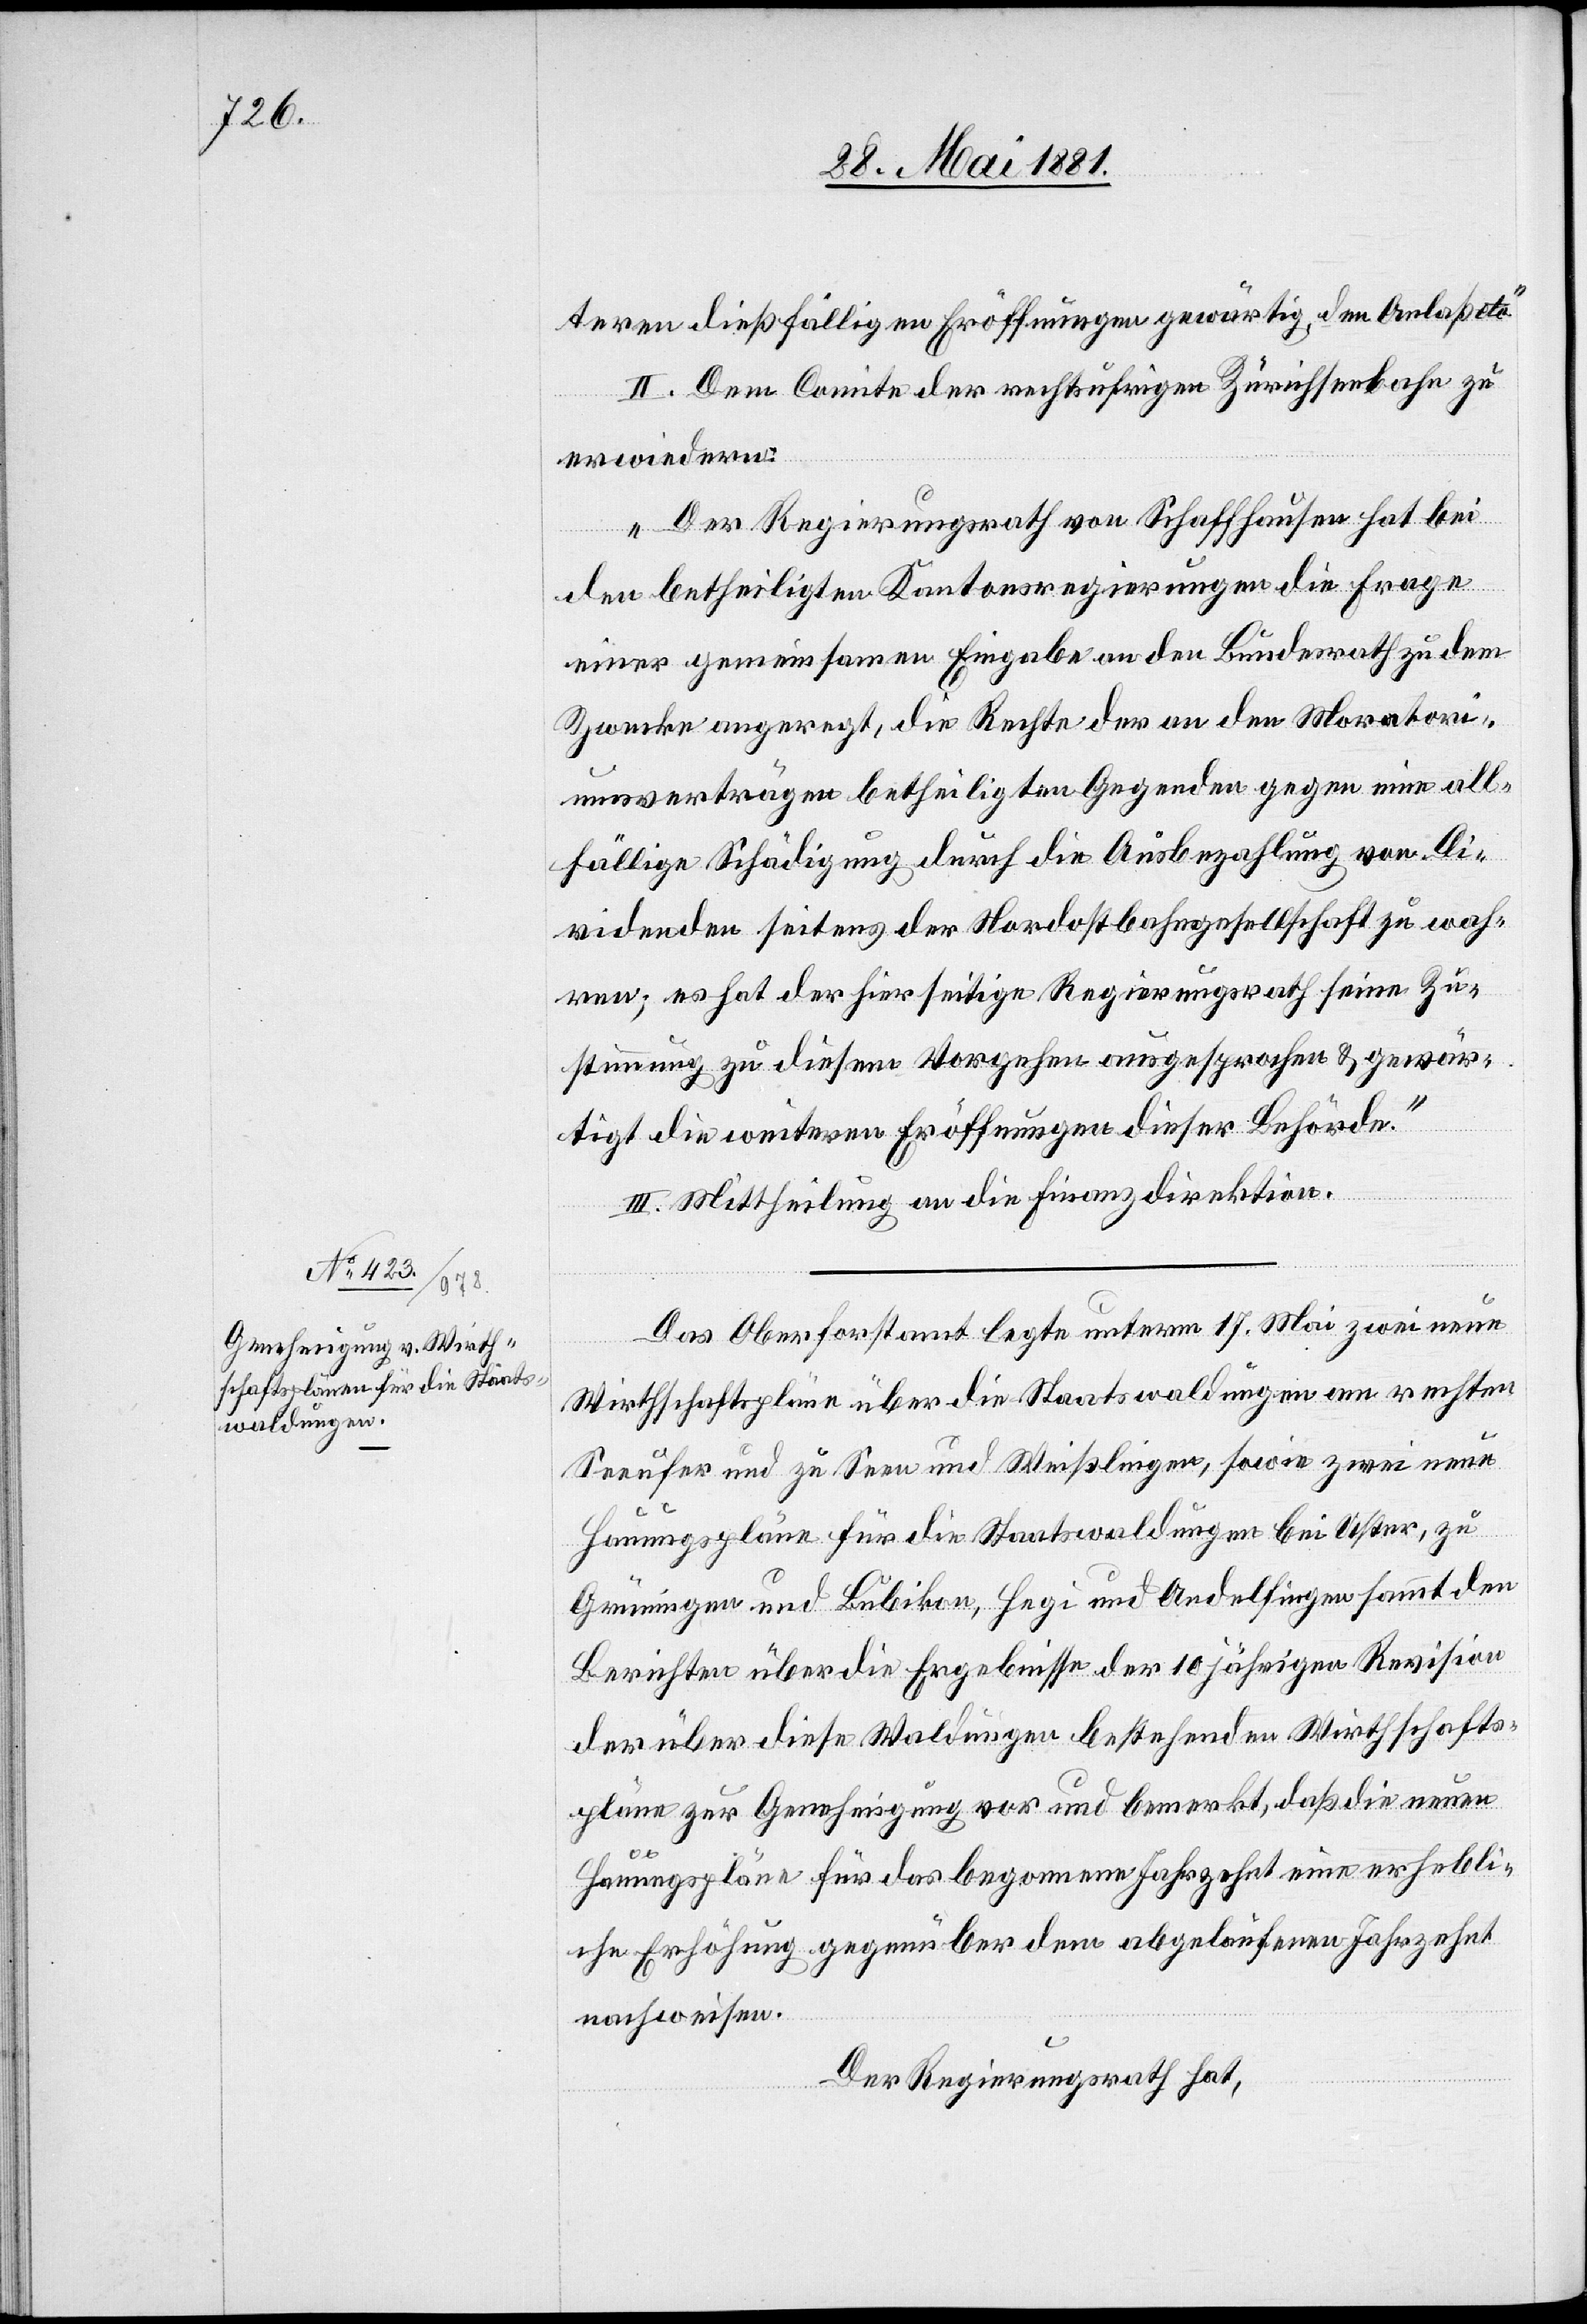
teren dießfälligen Eröffnungen gewärtig, den Anlaß etc.“
II. Dem Comite der rechtsufrigen Zürichseebahn zu
erwiedern:
„Der Regierungsrath von Schaffhausen hat bei
den betheiligten Kantonsregierungen die Frage
einer gemeinsamen Eingabe an den Bundesrath zu dem
Zwecke angeregt, die Rechte der an den Moratori¬
umsverträgen betheiligten Gegenden gegen eine all¬
fällige Schädigung durch die Ausbezahlung von Di¬
videnden seitens der Nordostbahngesellschaft zu wah¬
ren; es hat der hierseitige Regierungsrath seine Zu¬
stimmung zu diesem Vorgehen ausgesprochen & gewär¬
tigt die weitern Eröffnungen dieser Behörde.“
III. Mittheilung an die Finanzdirektion.
Das Oberforstamt legte unterm 17. Mai zwei neue
Wirthschaftspläne über die Staatwaldungen am rechten
Seeufer und zu Seen und Weißlingen, sowie zwei neue
Hauungspläne für die Staatswaldungen bei Uster, zu
Grüningen und Bubikon, Hegi und Andelfingen sammt den
Berichten über die Ergebnisse der 10 jährigen Revision
der über diese Waldungen bestehenden Wirthschafts¬
pläne zur Genehmigung vor und bemerkt, daß die neuen
Hauungspläne für das begonnene Jahrzehnt eine erhebli¬
che Erhöhung gegenüber dem abgelaufenen Jahrzehnt
nachweise.
Der Regierungsrath hat,